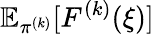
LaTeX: \mathbb{E}_{\pi^{(k)}}[F^{(k)}(\xi)]